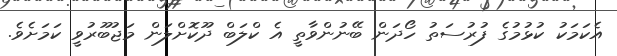
އެކަމަކު ކުޅުމުގެ ފުރުސަތު ހޯދަން ބޭނުންވާތީ އެ ކްލަބް ދޫކޮށްލަން މަޖުބޫރުވީ ކަމަށެވެ.